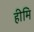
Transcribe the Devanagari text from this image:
हीमि